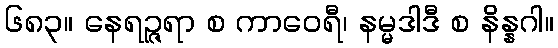
၆၈၃။ နေရဉ္ဇရာ စ ကာဝေရီ၊ နမ္မဒါဒီ စ နိန္နဂါ။